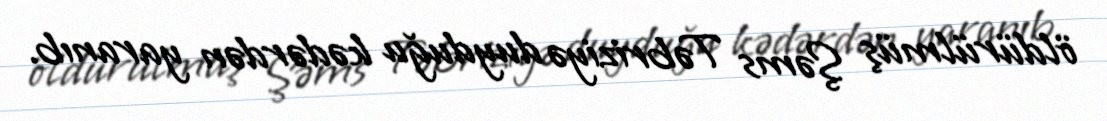
öldürülmüş Şəms Təbriziyə duyduğu kədərdən yaranıb.